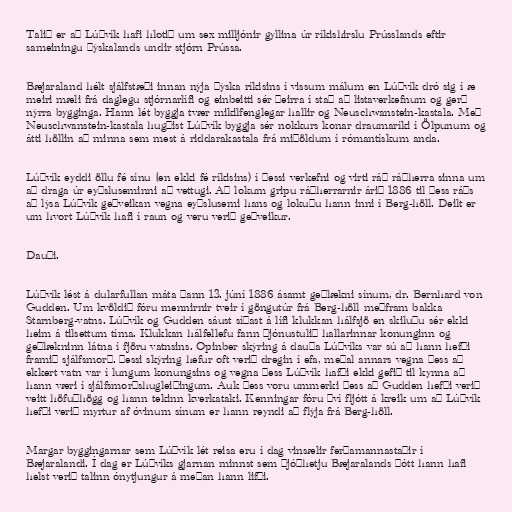
Talið er að Lúðvík hafi hlotið um sex milljónir gyllina úr ríkishirslu Prússlands eftir
sameiningu Þýskalands undir stjórn Prússa.

Bæjaraland hélt sjálfstæði innan nýja þýska ríkisins í vissum málum en Lúðvík dró sig í æ
meiri mæli frá daglegu stjórnarlífi og einbeitti sér þeirra í stað að listaverkefnum og gerð
nýrra bygginga. Hann lét byggja tvær mikilfenglegar hallir og Neuschwanstein-kastala. Með
Neuschwanstein-kastala hugðist Lúðvík byggja sér nokkurs konar draumaríki í Ölpunum og
átti höllin að minna sem mest á riddarakastala frá miðöldum í rómantískum anda.

Lúðvík eyddi öllu fé sínu (en ekki fé ríkisins) í þessi verkefni og virti ráð ráðherra sinna um
að draga úr eyðsluseminni að vettugi. Að lokum gripu ráðherrarnir árið 1886 til þess ráðs
að lýsa Lúðvík geðveikan vegna eyðslusemi hans og lokuðu hann inni í Berg-höll. Deilt er
um hvort Lúðvík hafi í raun og veru verið geðveikur.

Dauði.

Lúðvík lést á dularfullan máta þann 13. júní 1886 ásamt geðlækni sínum, dr. Bernhard von
Gudden. Um kvöldið fóru mennirnir tveir í göngutúr frá Berg-höll meðfram bakka
Starnberg-vatns. Lúðvík og Gudden sáust síðast á lífi klukkan hálfsjö en skiluðu sér ekki
heim á tilsettum tíma. Klukkan hálfellefu fann þjónustulið hallarinnar konunginn og
geðlækninn látna í fjöru vatnsins. Opinber skýring á dauða Lúðvíks var sú að hann hefði
framið sjálfsmorð. Þessi skýring hefur oft verið dregin í efa, meðal annars vegna þess að
ekkert vatn var í lungum konungsins og vegna þess Lúðvík hafði ekki gefið til kynna að
hann væri í sjálfsmorðshugleiðingum. Auk þess voru ummerki þess að Gudden hefði verið
veitt höfuðhögg og hann tekinn kverkataki. Kenningar fóru því fljótt á kreik um að Lúðvík
hefði verið myrtur af óvinum sínum er hann reyndi að flýja frá Berg-höll.

Margar byggingarnar sem Lúðvík lét reisa eru í dag vinsælir ferðamannastaðir í
Bæjaralandi. Í dag er Lúðvíks gjarnan minnst sem þjóðhetju Bæjaralands þótt hann hafi
helst verið talinn ónytjungur á meðan hann lifði.